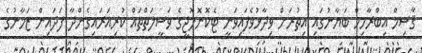
ޤާސިމް އިބްރާހިމް ބަޔާނުގައި އިތުރަށް ވިދާޅުވެފައިވަނީ ޓެކޮނޮލޮޖީގެ ވަސީލަތްތައް ކުރިއަރައިގެންދާ ފަދައިން ޒަމާނުގެ